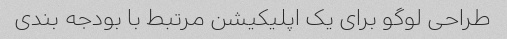
طراحی لوگو برای یک اپلیکیشن مرتبط با بودجه بندی